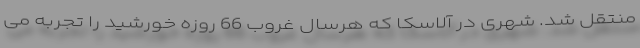
منتقل شد. شهری در آلاسکا که هرسال غروب 66 روزه خورشید را تجربه می